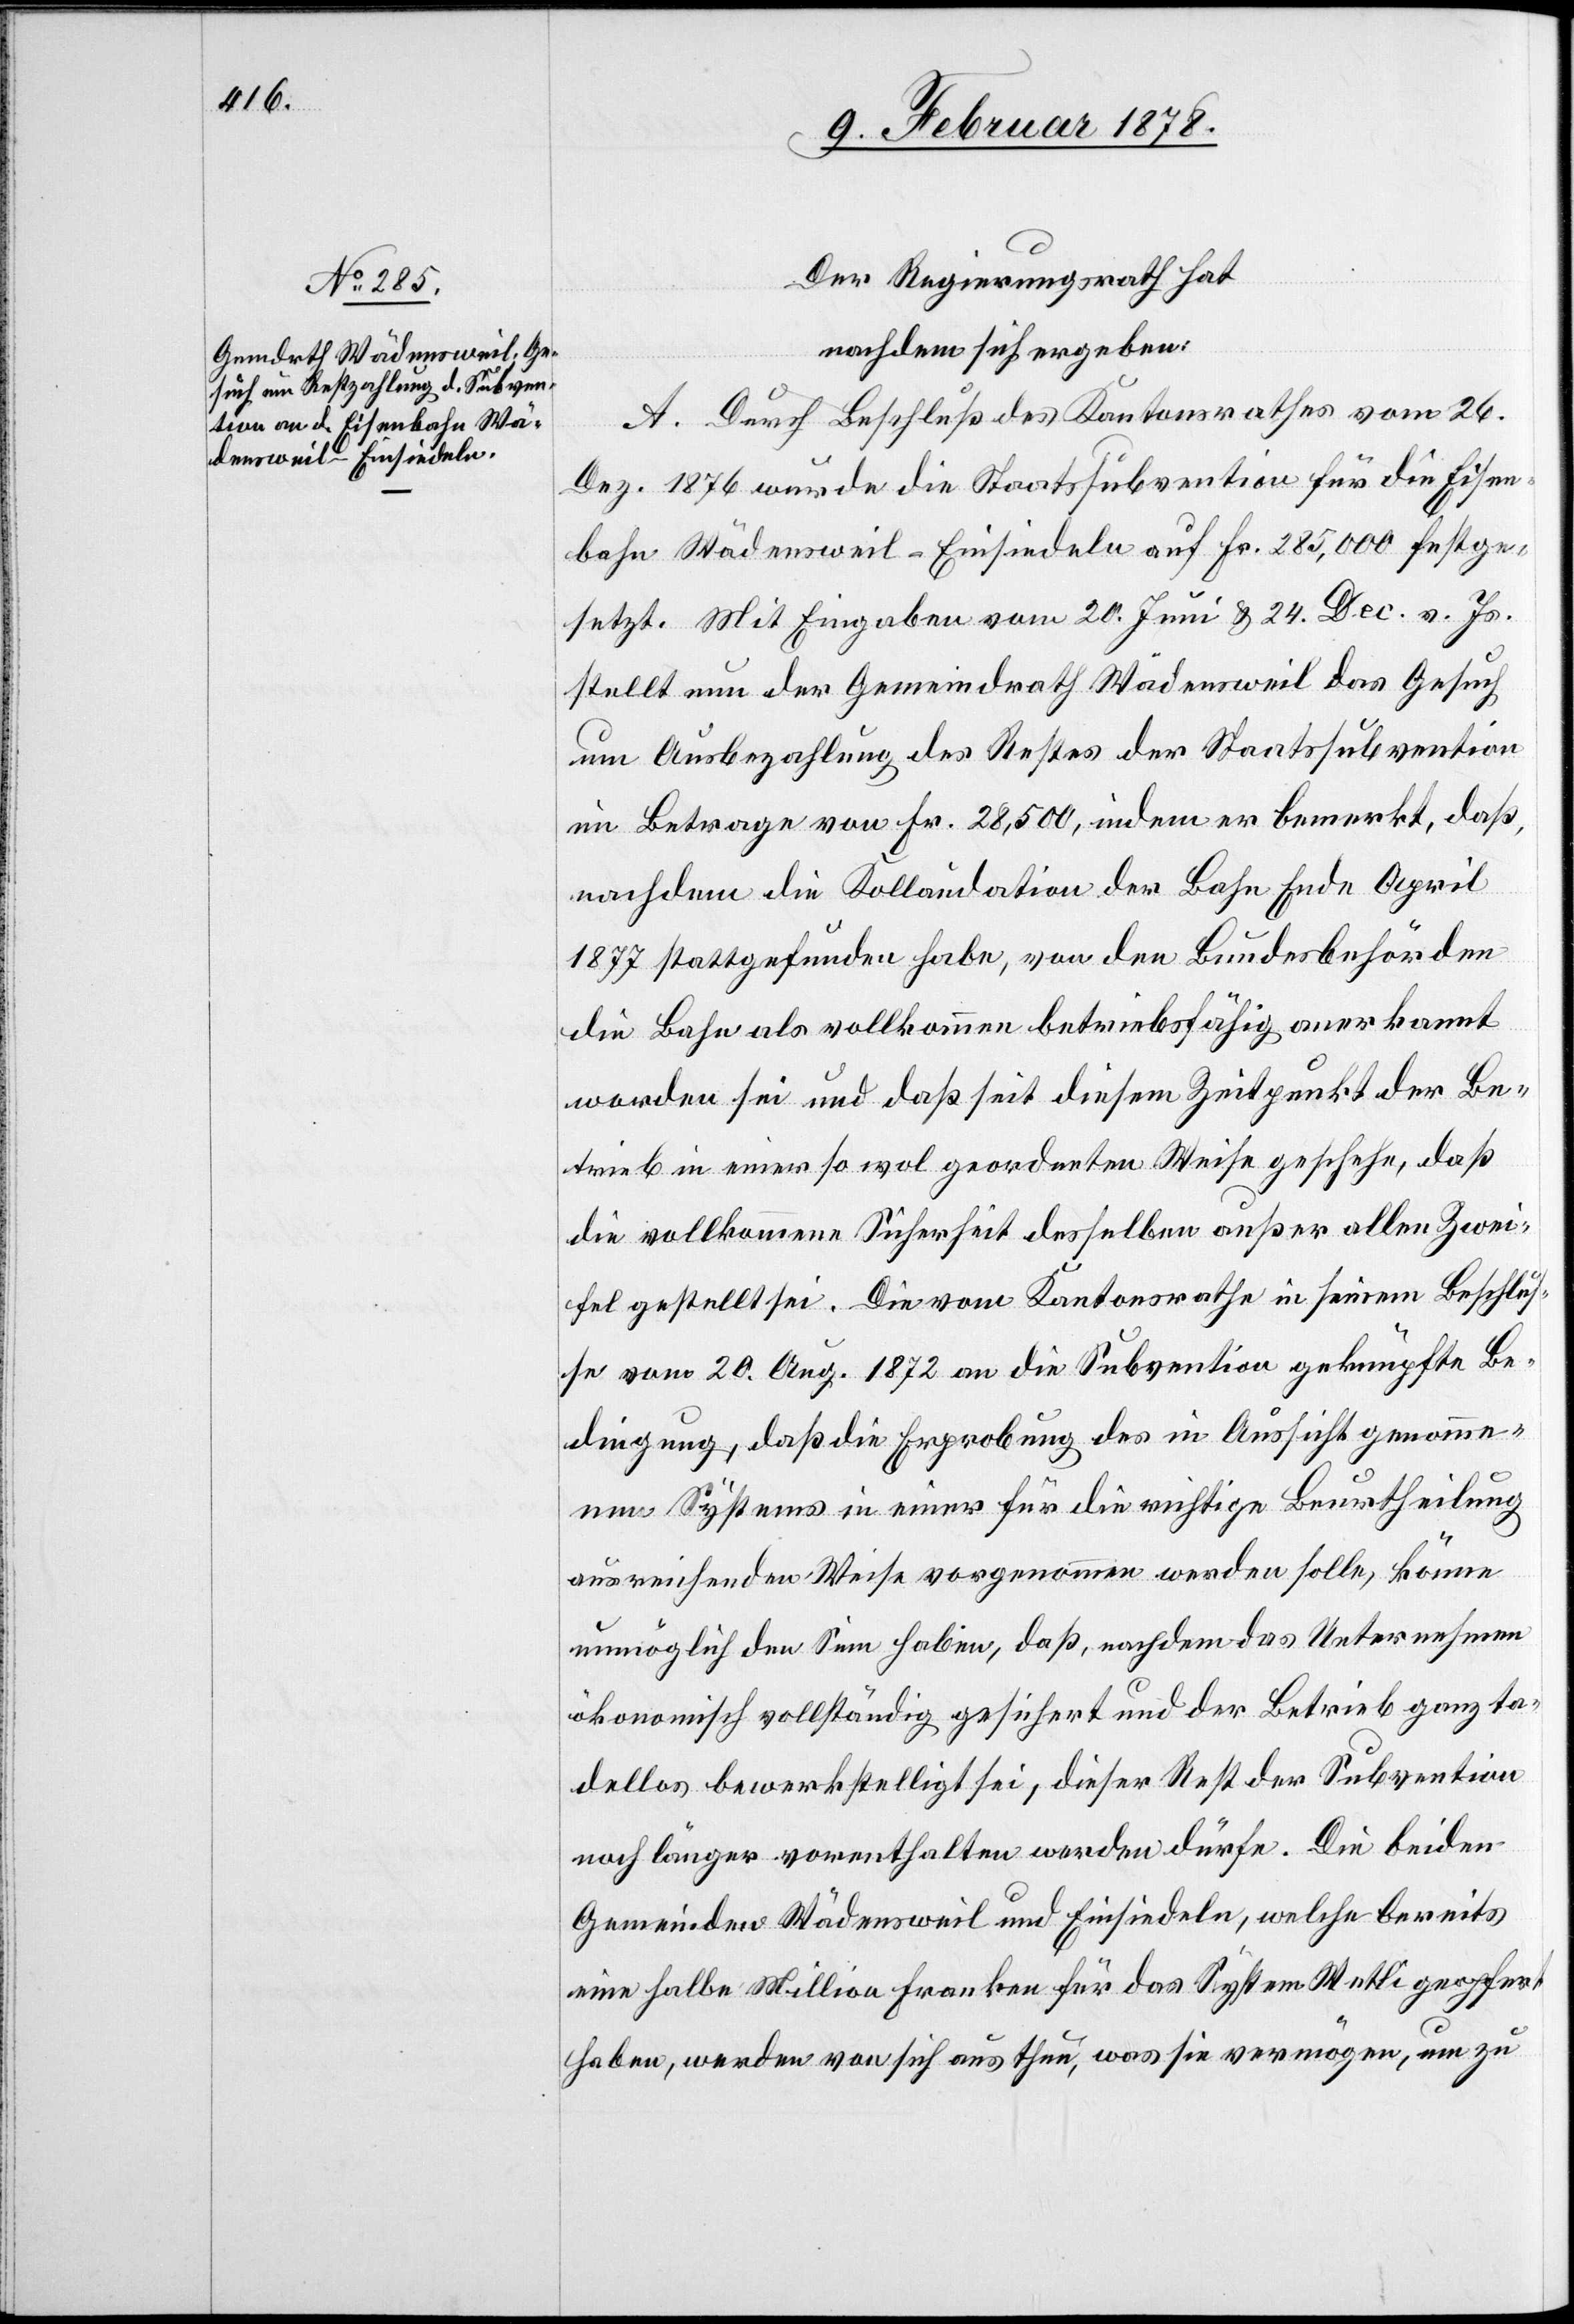
Der Regierungsrath hat
nachdem sich ergeben:
A. Durch Beschluß des Kantonsrathes vom 26.
Dez. 1876 wurde die Staatssubvention für die Eisen¬
bahn Wädensweil–Einsiedeln auf Fr. 285,000 festge¬
setzt. Mit Eingaben vom 20. Juni & 24. Dec. v. Js.
stellt nun der Gemeindrath Wädensweil das Gesuch
um Ausbezahlung des Restes der Staatssubvention
im Betrage von Fr. 28,500, indem er bemerkt, daß,
nachdem die Kollaudation der Bahn Ende April
1877 stattgefunden habe, von den Bundesbehörden
die Bahn als vollkommen betriebsfähig anerkannt
worden sei und daß seit diesem Zeitpunkt der Be¬
trieb in einer so wol geordneten Weise geschehe, daß
die vollkommene Sicherheit desselben außer allen Zwei¬
fel gestellt sei. Die vom Kantonsrathe in seinem Beschlus¬
se vom 20. Aug. 1872 an die Subvention geknüpfte Be¬
dingung, daß die Erprobung des in Aussicht genomme¬
nen Systems in einer für die richtige Beurtheilung
ausreichenden Weise vorgenommen werden solle, könne
unmöglich den Sinn haben, daß, nachdem das Unternehmen
ökonomisch vollständig gesichert und der Betrieb ganz ta¬
dellos bewerkstelligt sei, dieser Rest der Subvention
noch länger vorenthalten werden dürfe. Die beiden
Gemeinden Wädensweil und Einsiedeln, welche bereits
eine halbe Million Franken für das System Wetli geopfert
haben, werden von sich aus thun, was sie vermögen, um zu